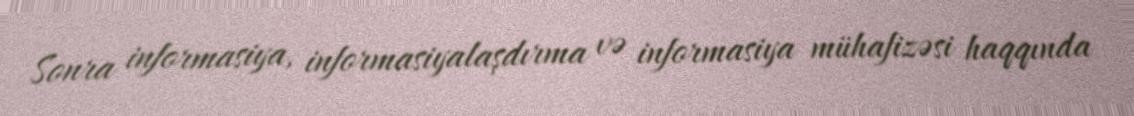
Sonra informasiya, informasiyalaşdırma və informasiya mühafizəsi haqqında